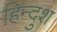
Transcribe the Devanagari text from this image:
हिन्दुश